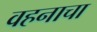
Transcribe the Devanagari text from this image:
वहनाचा